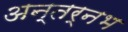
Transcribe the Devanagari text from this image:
अन्तर्नभ